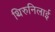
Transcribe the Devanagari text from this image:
थिरुनिलाई